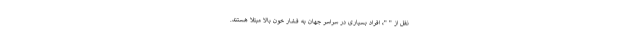
نقل از " "، افراد بسیاری در سراسر جهان به فشار خون بالا مبتلا هستند.